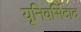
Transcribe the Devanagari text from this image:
यूनिवर्सिदाद